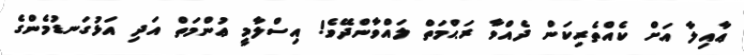
ޢާއިލާ އަށް ކެއްތެރިކަން ދެއްވާ ރަޙްމަތް ލައްވާންދޭވެ! އިސްލާމީ ޢުންމަތް އަދި އަޅުގަނޑުމެންގެ